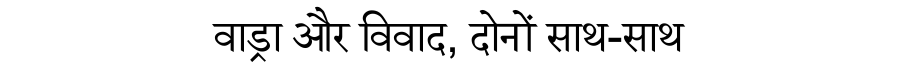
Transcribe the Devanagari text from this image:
वाड्रा और विवाद, दोनों साथ-साथ